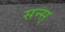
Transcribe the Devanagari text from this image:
सन्स्